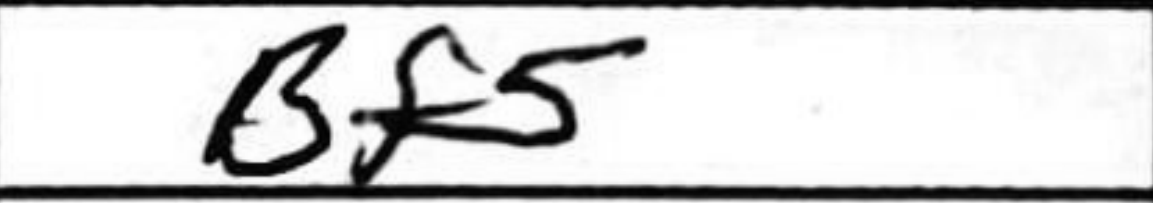
Transcription: Bf5